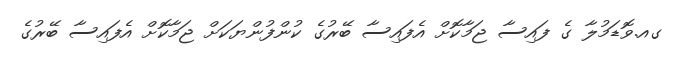
ގއ.ވޮޑަމުލާ ގެ ފައިސާ ޖަމާކޮށް އެފައިސާ ބޭރުގެ ކުންފުންޔަކަށް ޖަމާކޮށް އެފައިސާ ބޭރުގެ